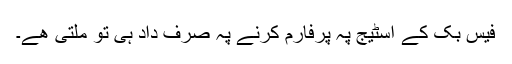
فیس بک کے اسٹیج پہ پرفارم کرنے پہ صرف داد ہی تو ملتی ھے۔